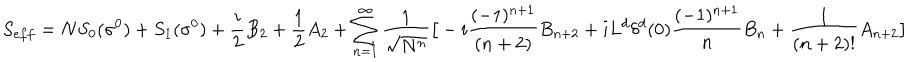
S _ { e f f } = N S _ { 0 } ( \sigma ^ { 0 } ) + S _ { 1 } ( \sigma ^ { 0 } ) + { \frac { i } { 2 } } B _ { 2 } + { \frac { 1 } { 2 } } A _ { 2 } + \sum _ { n = 1 } ^ { \infty } { \frac { 1 } { \sqrt { N ^ { n } } } } \big [ - i { \frac { ( - 1 ) ^ { n + 1 } } { ( n + 2 ) } } B _ { n + 2 } + i L ^ { d } \delta ^ { d } ( 0 ) { \frac { ( - 1 ) ^ { n + 1 } } { n } } B _ { n } + { \frac { 1 } { ( n + 2 ) ! } } A _ { n + 2 } \big ]